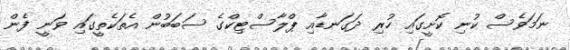
ނަމަވެސް ކުނި ކޮށީގައި ހުރި ދަގަނޑާއި ޕްލާސްޓިކްގެ ސަބަބުން އެތަކެތީގައި ވަނީ ފެން